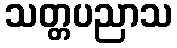
သတ္တပညာသ